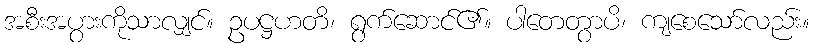
အစီးအပွားကိုသာလျှင်။ ဥပဋ္ဌဟတိ၊ ရွက်ဆောင်၏။ ပါတေတွာပိ၊ ကျစေသော်လည်း။